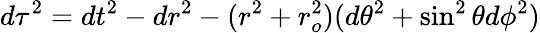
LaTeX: d\tau^{2}=dt^{2}-dr^{2}-(r^{2}+r_{o}^{2})(d\theta^{2}+\sin^{2}\theta d\phi^{2})